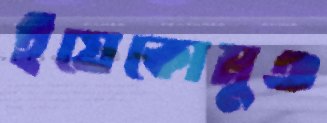
ইয়েকোমুঞ